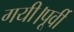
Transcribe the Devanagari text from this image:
गयी।पूर्वी